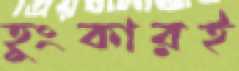
হুংকারই